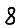
Digit: 8